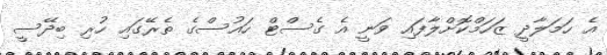
އެ ހަމަލާދީ ޒަހަމްކޮށްލާފައި ވަނީ އެ ގެސްޓް ހައުސްގެ ތެރޭގައި ހުރި ބިދޭސީ